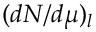
( d N / d \mu ) _ { l }